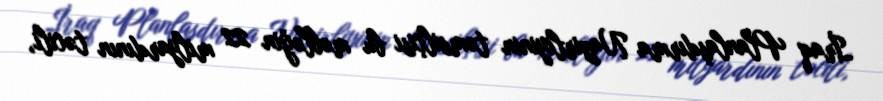
İraq Planlaşdırma Nazirliyinin təmsilçisi bu məbləğin 22 milyardının təcili,